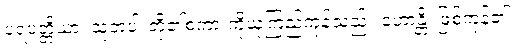
ပရပတ္တိယာ၊ သူတပါးတို့၏စကားကိုယုံကြည်ကုန်သည်။ ဟောန္တိ၊ ဖြစ်ကုန်၏။